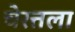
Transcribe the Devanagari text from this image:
चेरत्तला